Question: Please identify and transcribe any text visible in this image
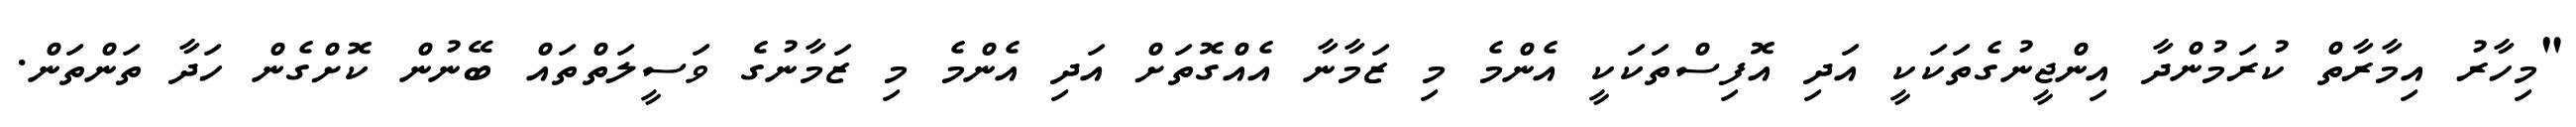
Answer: "މިހާރު އިމާރާތް ކުރަމުންދާ އިންޖީނުގެތަކަކީ އަދި އޮފިސްތަކަކީ އެންމެ މި ޒަމާނާ އެއްގޮތަށް އަދި އެންމެ މި ޒަމާނުގެ ވަސީލަތްތައް ބޭނުން ކޮށްގެން ހަދާ ތަންތަން.